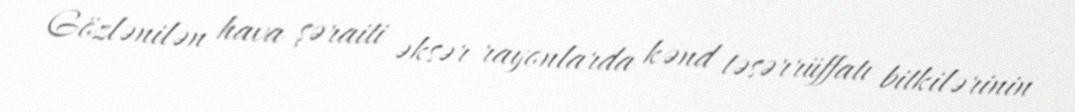
Gözlənilən hava şəraiti əksər rayonlarda kənd təsərrüffatı bitkilərinin